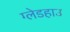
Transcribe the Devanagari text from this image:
ग्लेडहाउ